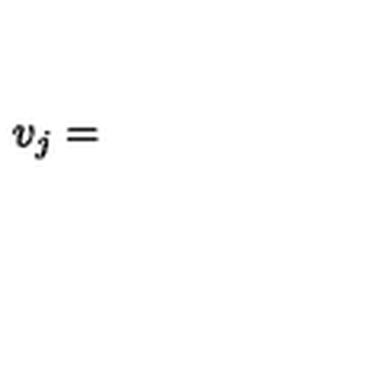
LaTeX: v _ { j } =